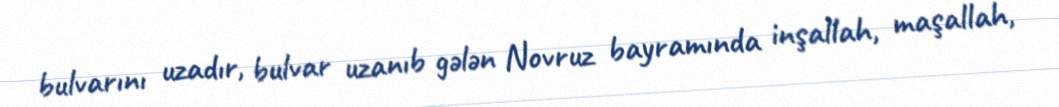
bulvarını uzadır, bulvar uzanıb gələn Novruz bayramında inşallah, maşallah,